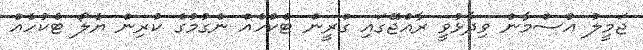
ޖަމީލު އުސްމާން ވިދާޅުވީ ރާއްޖޭގައި ގްރީން ޓެކުހެއް ނެގުމުގެ ކުރިން ޔެލޯ ޓެކުހެއް